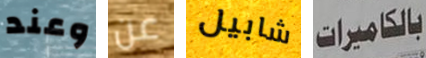
وعند عن شابيل بالكاميرات